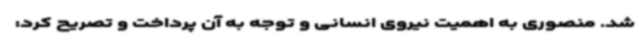
شد. منصوری به اهمیت نیروی انسانی و توجه به آن پرداخت و تصریح کرد: